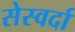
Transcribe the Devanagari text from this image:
सेस्वर्दा